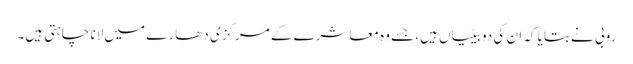
روبی نے بتایا کہ ان کی دو بیٹیاں ہیں، جسے وہ معاشرے کے مرکزی دھارے میں لانا چاہتی ہیں۔